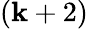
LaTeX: (\mathbf{k}+2)